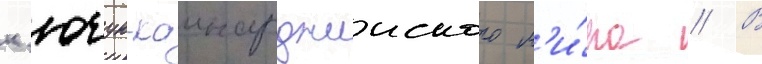
к'ючук-каинарджииского м'и́ра // В